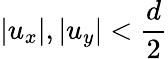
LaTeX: |{u}_{x}|,|{u}_{y}|<\frac{d}{2}